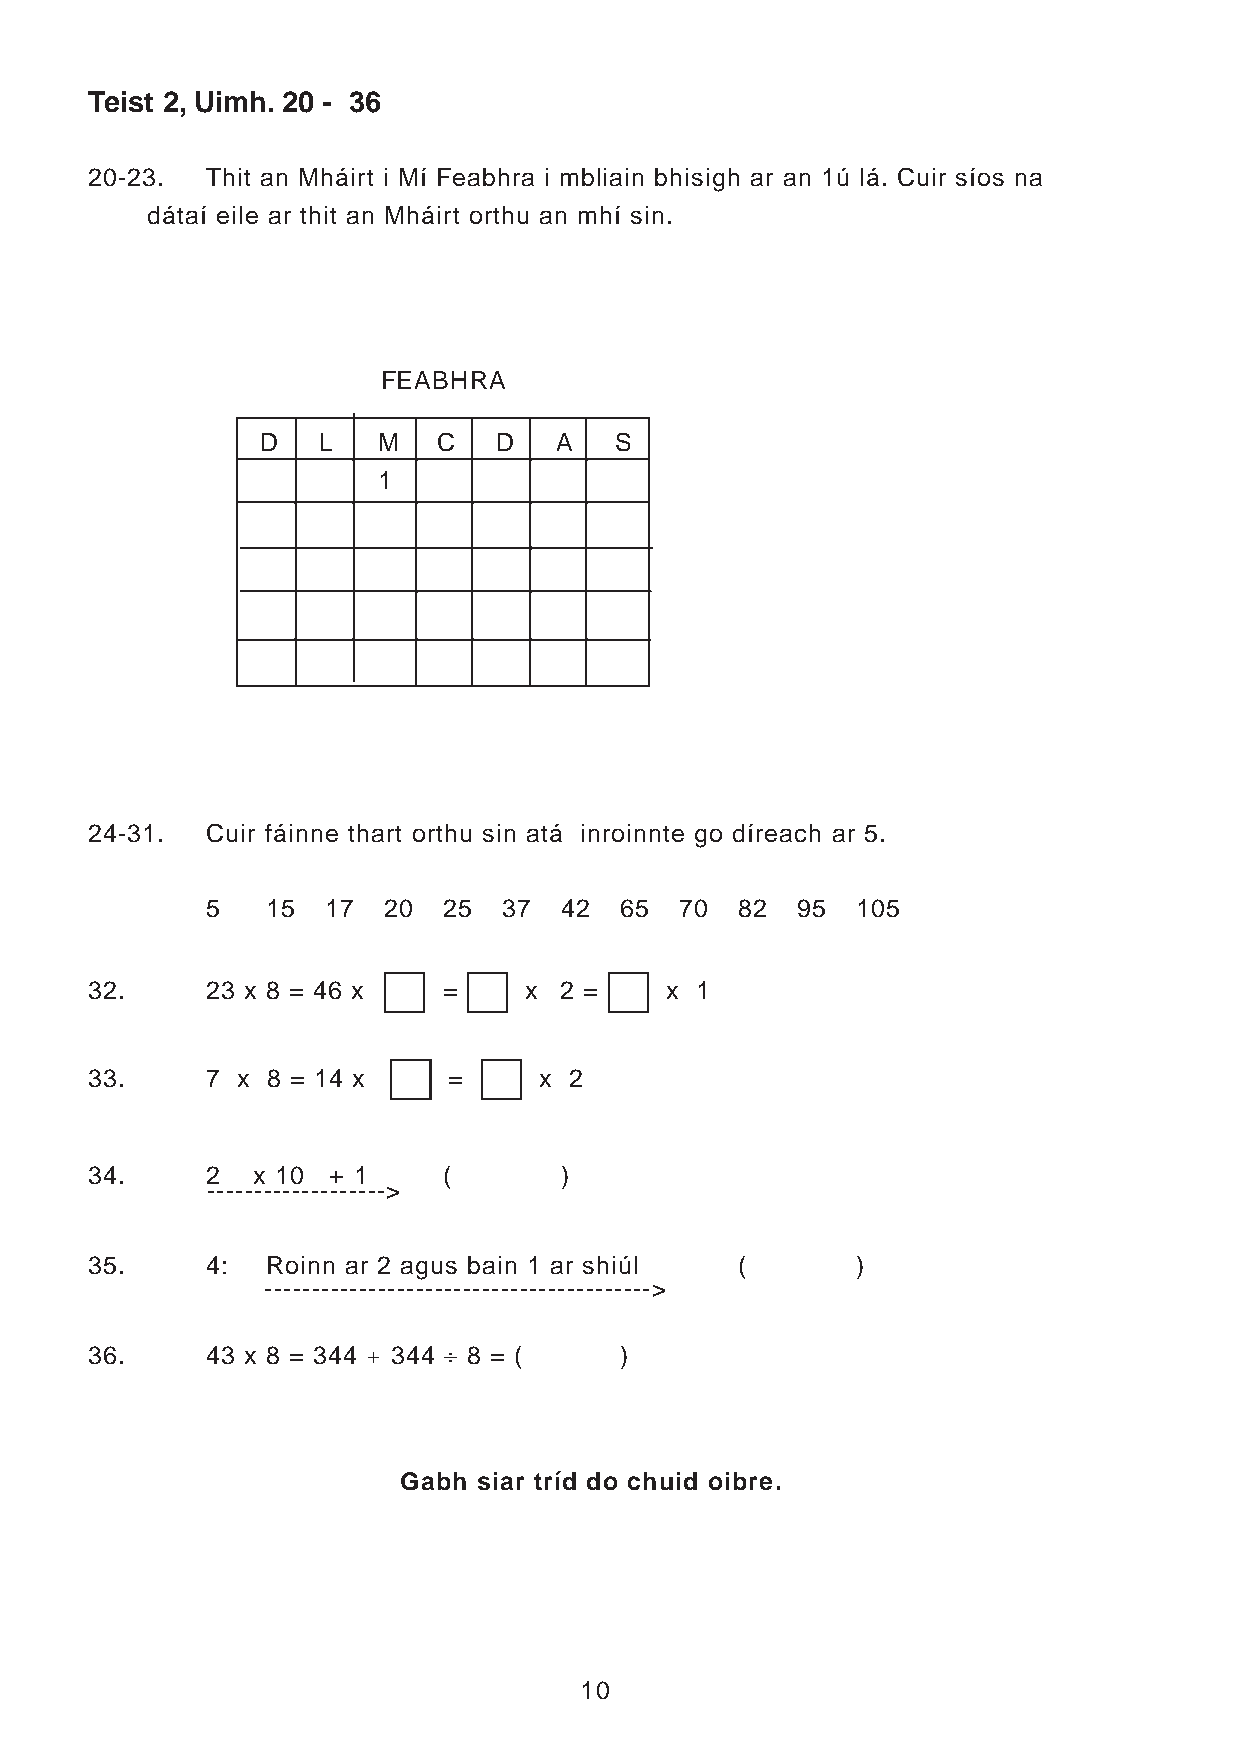
Teist 2, Uimh. 20 - 36
 20-23.  Thit an Mháirt i Mí Feabhra i mbliain bhisigh ar an 1ú lá. Cuir síos na
 dátaí eile ar thit an Mháirt orthu an mhí sin.
 FEABHRA
 D   L   M   C   D   A   S
 1
 24-31.  Cuir fáinne thart orthu sin atá inroinnte go díreach ar 5.
 5   15 17  20  25  37  42  65  70  82  95  105
 32.     23 x 8 = 46 x  =     x 2 =    x 1
 33.     7 x 8 = 14 x    =     x 2
 34.     2  x 10 + 1    (       )
 ------------------->
 35.     4:  Roinn ar 2 agus bain 1 ar shiúl (      )
 ----------------------------------------->
 36.     43 x 8 = 344 + 344 ‚ 8 = ( )
 Gabh  siar tríd do chuid oibre.
 10